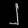
Digit: ၂